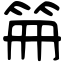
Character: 笧